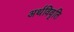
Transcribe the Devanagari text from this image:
अर्थविवृति